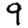
Digit: 9